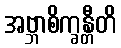
အဗ္ဘာစိက္ခန္တီတိ